Civil Veterinary Dept. Bombay admin report 1893-99 - 1893-1899
Year: 1893
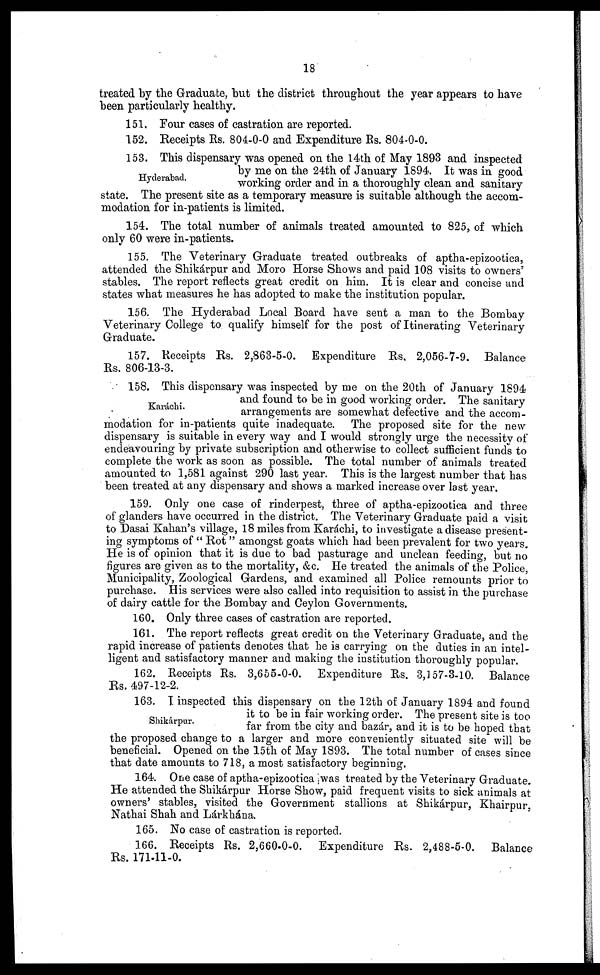
18
treated by the Graduate, "but the district throughout the year appears to have
been particularly healthy.
151. Four cases of castration are reported.
152. Receipts Rs. 804-0-0 and Expenditure Rs. 804-0-0.
Hyderabad.
153. This dispensary was opened on the 14th of May 1893 and inspected
by me on the 24th of January 1894. It was in good
working order and in a thoroughly clean and sanitary
state. The present site as a temporary measure is suitable although the accom-
modation for in-patients is limited.
154. The total number of animals treated amounted to 825, of which
only 60 were in-patients.
155. The Veterinary Graduate treated outbreaks of aptha-epizootica,
attended the Shikárpur and Moro Horse Shows and paid 108 visits to owners'
stables. The report reflects great credit on him. It is clear and concise and
states what measures he has adopted to make the institution popular.
156. The Hyderabad Local Board have sent a man to the Bombay
Veterinary College to. qualify himself for the post of Itinerating Veterinary
Graduate.
157. Receipts Rs. 2,863-5-0. Expenditure Rs. 2,056-7-9. Balance
Rs. 806-13-3.
Karachi.
158. This dispensary was inspected by me on the 20th of January 1894
and found to be in good working order. The sanitary
arrangements are somewhat defective and the accom-
modation for in-patients quite inadequate. The proposed site for the new
dispensary is suitable in every way and I would strongly urge the necessity of
endeavouring by private subscription and otherwise to collect sufficient funds to
complete the work as soon as possible. The total number of animals treated
amounted to 1,581 against 290 last year. This is the largest number that has
been treated at any dispensary and shows a marked increase over last year.
159. Only one case of rinderpest, three of aptha-epizootica and three
of glanders have occurred in the district. The Veterinary Graduate paid a visit
to Dasai Kalian's village, 18 miles from Karáchi, to investigate a disease present-
ing symptoms of "Rot" amongst goats which had been prevalent for two years.
He is of opinion that it is due to bad pasturage and unclean feeding, but no
figures are given as to the mortality, &c. He treated the animals of the Police,
Municipality, Zoological Gardens, and examined all Police remounts prior to
purchase. His services were also called into requisition to assist in the purchase
of dairy cattle for the Bombay and Ceylon Governments.
160. Only three cases of castration are reported.
161. The report reflects great credit on the Veterinary Graduate, and the
rapid increase of patients denotes that he is carrying on the duties in an intel-
ligent and satisfactory manner and making the institution thoroughly popular.
162. Receipts Rs. 3,655-0-0. Expenditure Rs. 3,157-3-10. Balance
Rs. 497-12-2.
Shikárpur.
163. I inspected this dispensary on the 12th of January 1894 and found
it to be in fair working order. The present site is too
far from the city and bazár, and it is to be hoped that
the proposed change to a larger and more conveniently situated site will be
beneficial. Opened on the 15th of May 1893. The total number of cases since
that date amounts to 718, a most satisfactory beginning.
164. One case of aptha-epizootica was treated by the Veterinary Graduate.
He attended the Shikárpur Horse Show, paid frequent visits to sick animals at
owners' stables, visited the Government stallions at Shikárpur, Khairpur,
Nathai Shah and Lárkhána.
165. No case of castration is reported.
166. Receipts Rs. 2,660-0-0. Expenditure Rs. 2,488-5-0. Balance
Rs. 171-11-0.